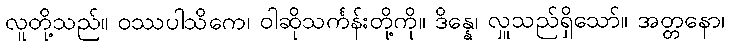
လူတို့သည်။ ဝဿပါသိကေ၊ ဝါဆိုသင်္ကန်းတို့ကို။ ဒိန္နေ၊ လှူသည်ရှိသော်။ အတ္တနော၊